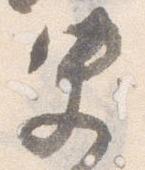
史